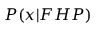
P ( x | F H P )